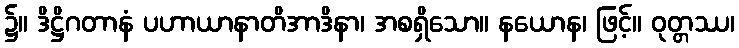
၌။ ဒိဋ္ဌိဂတာနံ ပဟာယာနာတိအာဒိနာ၊ အစရှိသော။ နယောန၊ ဖြင့်။ ဝုတ္တဿ၊